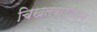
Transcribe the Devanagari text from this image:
चिखलवाडीचाच